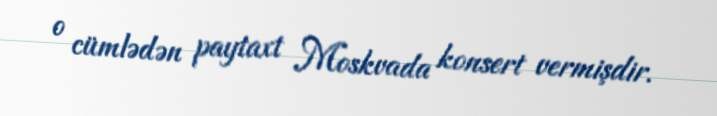
o cümlədən paytaxt Moskvada konsert vermişdir.